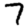
Digit: 7